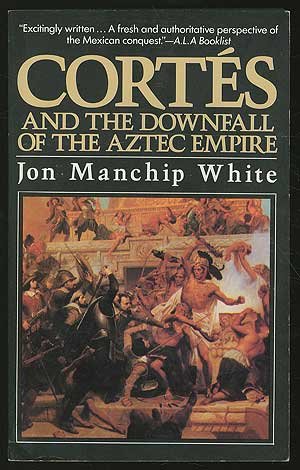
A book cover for Cortes and the Downfall of the Aztec Empire; Jon Ewbank Manchip White; History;